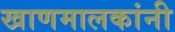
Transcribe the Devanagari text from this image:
खाणमालकांनी